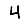
Digit: 4